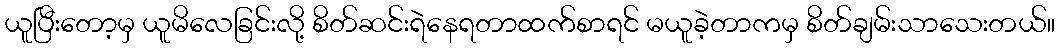
ယူပြီးတော့မှ ယူမိလေခြင်းလို့ စိတ်ဆင်းရဲနေရတာထက်စာရင် မယူခဲ့တာကမှ စိတ်ချမ်းသာသေးတယ်။